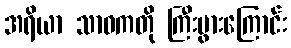
အရိယာ သာဝကတို ကြီးပွားကြောင်း